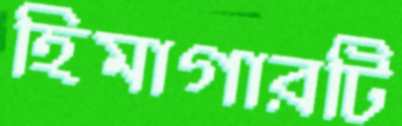
হিমাগারটি